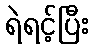
ရဲရင့်ပြီး